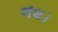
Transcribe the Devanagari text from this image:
गंध।